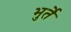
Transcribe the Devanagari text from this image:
भुर्ते